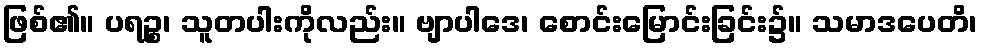
ဖြစ်၏။ ပရဉ္စ၊ သူတပါးကိုလည်း။ ဗျာပါဒေ၊ စောင်းမြောင်းခြင်း၌။ သမာဒပေတိ၊